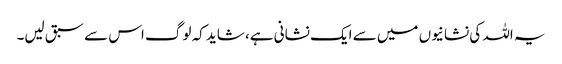
یہ اللہ کی نشانیوں میں سے ایک نشانی ہے، شاید کہ لوگ اس سے سبق لیں۔